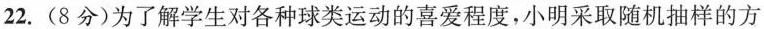
22.(8分)为了解学生对各种球类运动的喜爱程度，小明采取随机抽样的方法对他所在学校的部分学生进行问卷调查(每个被调查的学生必须选择并且只能选择其中一种项目)，对调查结果进行统计后，绘制了下面2幅统计图。↑人数2015 篮球10%10其他足球乒\m%篮球乒乓球足球其他兴趣爱好 球图1 图2(1)此次被调查的学生共有____人，m=___；(2)求喜欢乒乓球的学生的人数，并将条形统计图补充完整；(3)若该校有2000名学生，估计全校喜欢足球的学生有多少人?